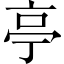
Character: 亭